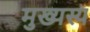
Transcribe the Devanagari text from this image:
मुख्यस्य